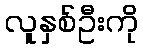
လူနှစ်ဦးကို